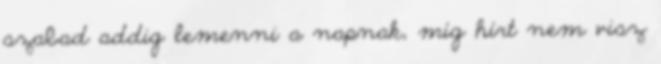
szabad addig lemenni a napnak, míg hírt nem visz